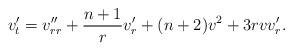
LaTeX: \begin{align*} v'_t = v''_{rr} + \frac{n+1}{r} v'_r + (n+2) v^2 +3r v v' _r . \end{align*}